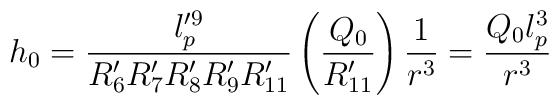
h_0 = \frac{l_p^{\prime 9}}{R_6^{\prime} R_7^{\prime}R_8^{\prime} R_9^{\prime} R_{11}^{\prime}}   \left( \frac{Q_0}{R_{11}^{\prime}} \right) \frac{1}{r^3} = \frac{Q_0 l_p^3}{r^3}